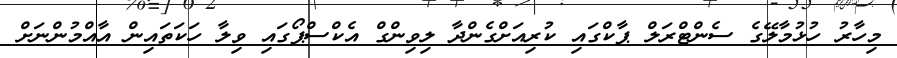
މިހާރު ހުޅުމާލޭގެ ސެންޓްރަލް ޕާކްގައި ކުރިއަށްގެންދާ ލިވިންގް އެކްސްޕޯގައި ވިލާ ހަކަތައިން އާއްމުންނަށް